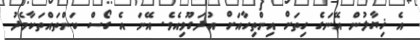
އެ ޚިޔާލުން އޭނަގެ ހިތަށް އިންތިހާއަށް އުދަގޫވިއެވެ. އޭނަ އެ ގޯސް ކަންތައްތަކާމެދު